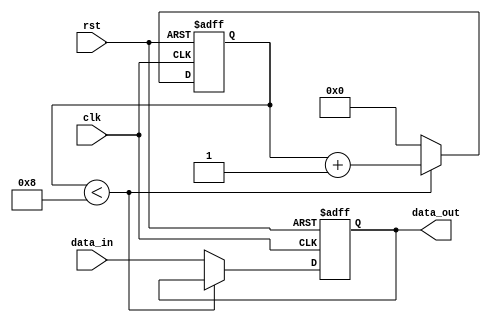
module latch_delay (
    input wire clk,
    input wire rst,
    input wire data_in,
    output reg data_out
);

reg [7:0] delay_cnt;

always @(posedge clk or posedge rst) begin
    if (rst) begin
        delay_cnt <= 0;
        data_out <= 0;
    end else begin
        if (delay_cnt < 8) begin
            delay_cnt <= delay_cnt + 1;
        end else begin
            delay_cnt <= 0;
            data_out <= data_in;
        end
    end
end

endmodule